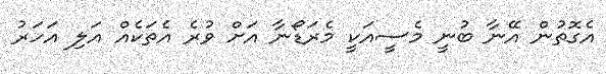
އެގޮތުން އޭނާ ބުނީ މެސީއަކީ މެރަޑޯނާ އަށް ވުރެ އެތަކެއް އަލި އަހަރު